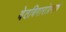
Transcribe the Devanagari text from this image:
वेठबिगारांप्रमाणे